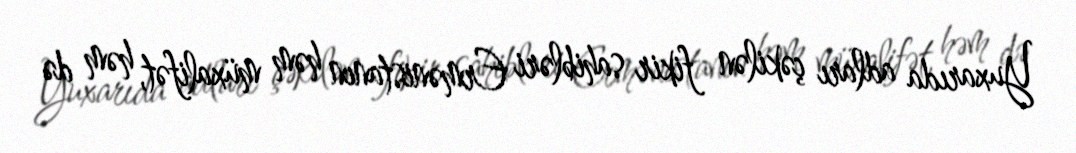
Yuxarıda adları çəkilən fikir sahibləri Ermənistanın həm müxalifət, həm də